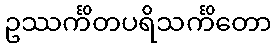
ဥဿင်္ကိတပရိသင်္ကိတော